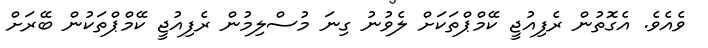
ވެއެވެ. އެގޮތުން ރެފިއުޖީ ކޭމްޕްތަކަށް ލެވުނު ގިނަ މުސްލިމުން ރެފިއުޖީ ކޭމްޕްތަކުން ބޭރަށް